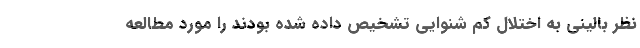
نظر بالینی به اختلال کم شنوایی تشخیص داده شده بودند را مورد مطالعه